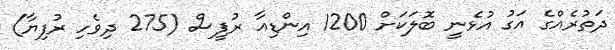
ދަތުރެއްގެ އަގު އުޅެނީ ބޮލަކަށް 1200 އިންޑިއާ ރުޕީސް (275 ދިވެހި ރުފިޔާ)